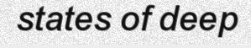
states of deep